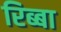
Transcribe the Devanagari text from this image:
रिब्बा